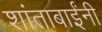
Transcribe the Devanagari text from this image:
शांताबार्इंनी